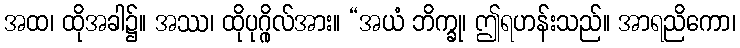
အထ၊ ထိုအခါ၌။ အဿ၊ ထိုပုဂ္ဂိုလ်အား။ “အယံ ဘိက္ခု၊ ဤရဟန်းသည်။ အာရညိကော၊